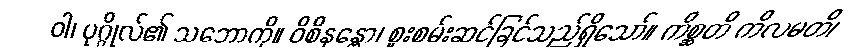
ဝါ၊ ပုဂ္ဂိုလ်၏ သဘောကို။ ဝိစိနန္တော၊ စူးစမ်းဆင်ခြင်သည်ရှိသော်။ ကိစ္ဆတိ ကိလမတိ၊